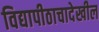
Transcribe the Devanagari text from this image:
विद्यापीठाचादेखील